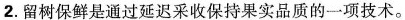
2. 留树保鲜是通过延迟采收保持果实品质的一项技术。